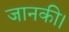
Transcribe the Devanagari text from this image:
जानकी।